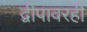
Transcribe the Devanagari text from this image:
द्वीपावरही